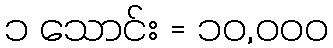
၁ သောင်း = ၁၀,၀၀၀